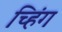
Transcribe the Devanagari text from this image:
च्हिंग